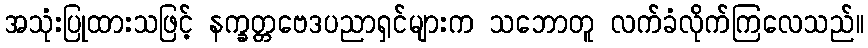
အသုံးပြုထားသဖြင့် နက္ခတ္တဗေဒပညာရှင်များက သဘောတူ လက်ခံလိုက်ကြလေသည်။